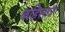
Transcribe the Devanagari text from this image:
बहिस्तर